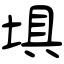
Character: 埧